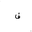
Letter: _fa